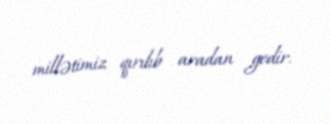
millətimiz qırılıb aradan gedir.